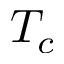
T _ { c }